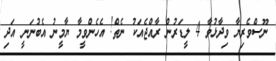
ނޫސްވެރިޔާ ވިދާޅުވާ 4 ލީޑަރުން ރާއްޖެއަކު ނެތް! އެހެންވީމާ ޔާމީނު އެބުނަނީ އަދި